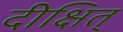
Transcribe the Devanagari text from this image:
दीक्षित्